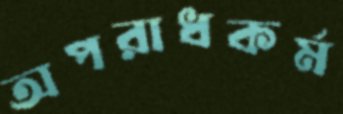
অপরাধকর্ম